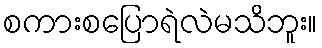
စကားစပြောရဲလဲမသိဘူး။